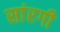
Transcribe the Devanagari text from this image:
सांरगी